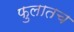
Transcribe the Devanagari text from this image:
फुलातच